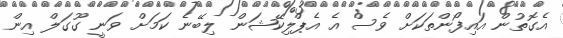
އެގޮތުން އައިފޯންތަކަށް ވެސް އެ އެޕްލިކޭޝަން ލިބޭނެ ކަމަށް ވަނީ ގޫގަލް އިން